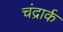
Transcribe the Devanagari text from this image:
चंद्रार्क